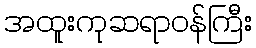
အထူးကုဆရာဝန်ကြီး